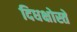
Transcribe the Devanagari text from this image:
दिधक्षोस्ते